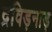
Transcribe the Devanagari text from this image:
द्रविड़नाड़